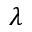
\lambda